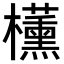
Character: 𬅑